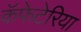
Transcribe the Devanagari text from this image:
कॅफेटेरिया